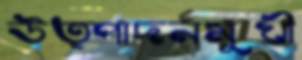
উত্পাদনমুখী